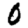
Digit: 0